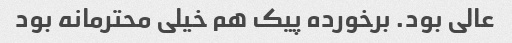
عالی بود. برخورده پیک هم خیلی محترمانه بود